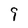
Character: 9